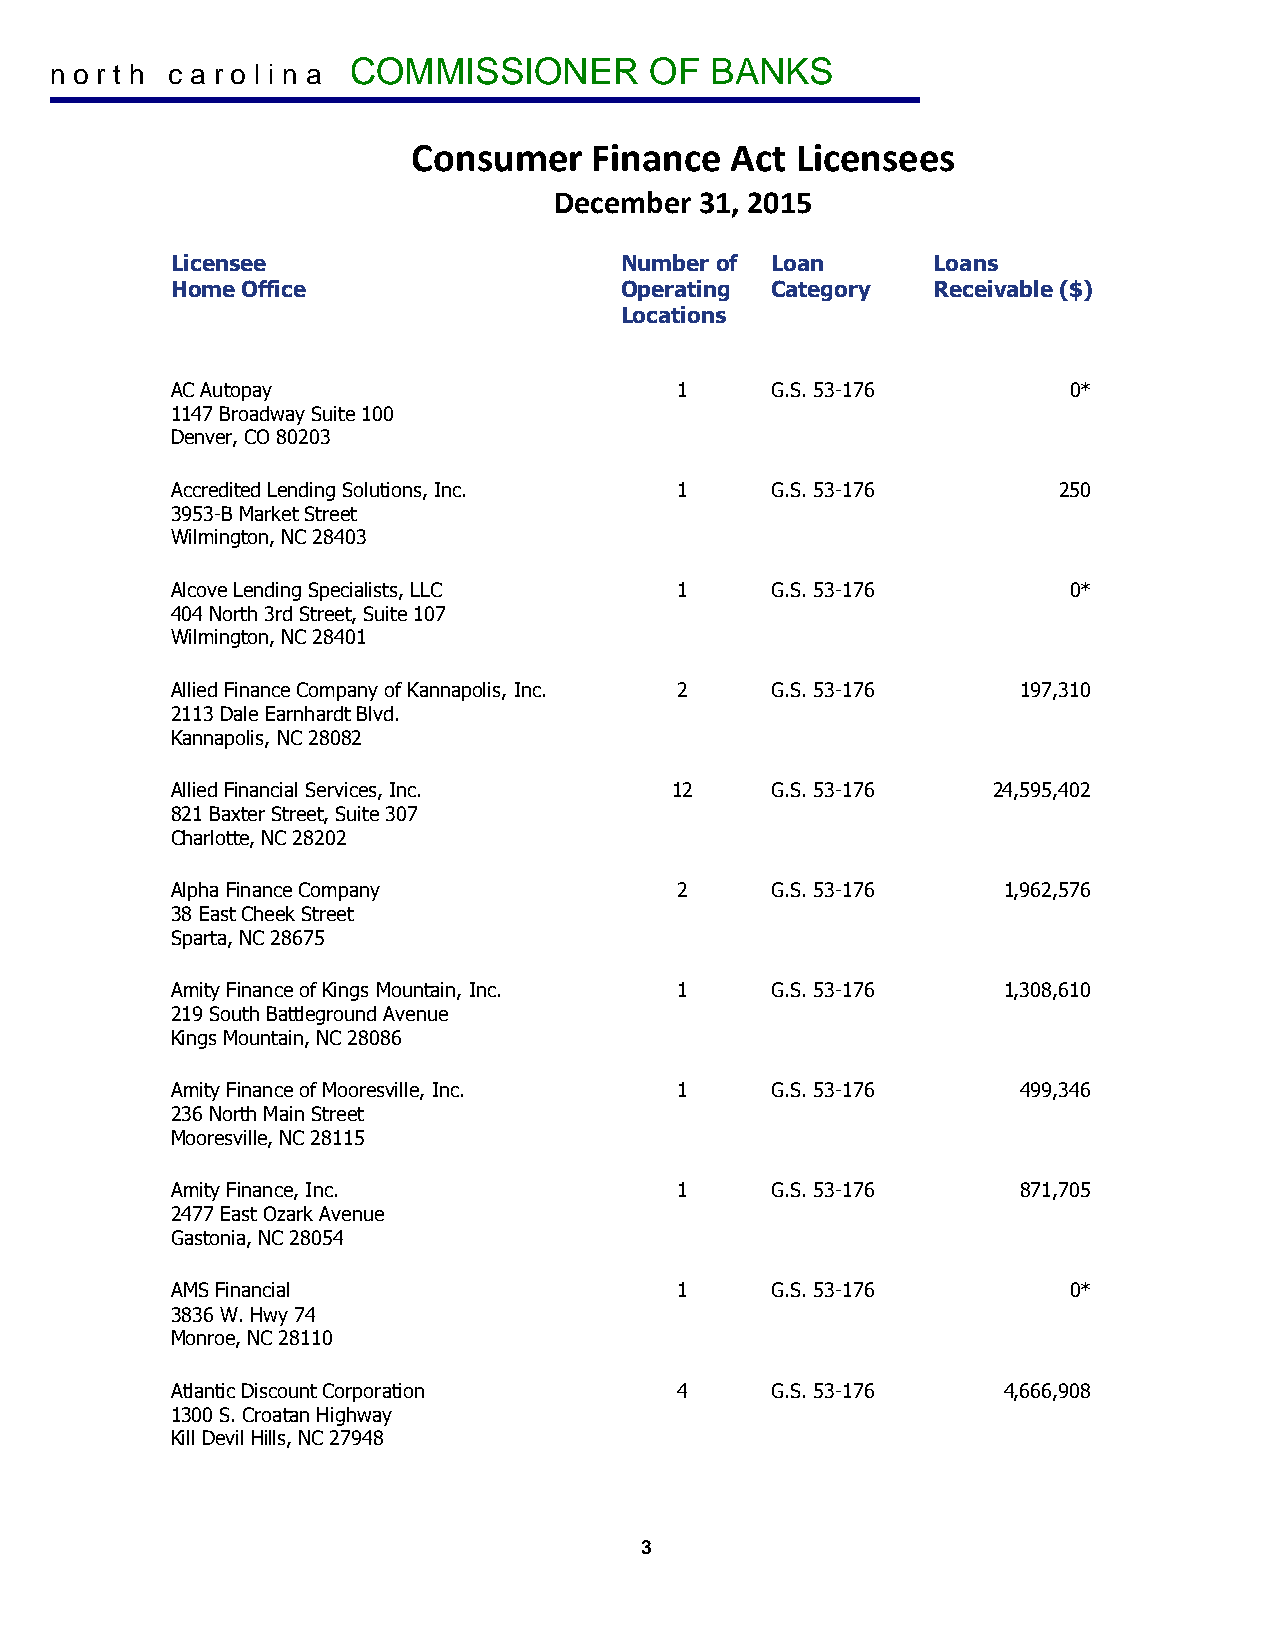
COMMISSIONER        OF  BANKS
 n o r t h c a r o l i n a
 Consumer    Finance  Act  Licensees
 December 31, 2015
 Licensee                      Number of Loan       Loans
 Home Office                   Operating Category   Receivable ($)
 Locations
 AC Autopay                        1     G.S. 53-176         0*
 1147 Broadway Suite 100
 Denver, CO 80203
 Accredited Lending Solutions, Inc. 1    G.S. 53-176        250
 3953-B Market Street
 Wilmington, NC 28403
 Alcove Lending Specialists, LLC   1     G.S. 53-176         0*
 404 North 3rd Street, Suite 107
 Wilmington, NC 28401
 Allied Finance Company of Kannapolis, Inc. 2 G.S. 53-176 197,310
 2113 Dale Earnhardt Blvd.
 Kannapolis, NC 28082
 Allied Financial Services, Inc.  12     G.S. 53-176    24,595,402
 821 Baxter Street, Suite 307
 Charlotte, NC 28202
 Alpha Finance Company             2     G.S. 53-176    1,962,576
 38 East Cheek Street
 Sparta, NC 28675
 Amity Finance of Kings Mountain, Inc. 1 G.S. 53-176    1,308,610
 219 South Battleground Avenue
 Kings Mountain, NC 28086
 Amity Finance of Mooresville, Inc. 1    G.S. 53-176      499,346
 236 North Main Street
 Mooresville, NC 28115
 Amity Finance, Inc.               1     G.S. 53-176      871,705
 2477 East Ozark Avenue
 Gastonia, NC 28054
 AMS Financial                     1     G.S. 53-176         0*
 3836 W. Hwy 74
 Monroe, NC 28110
 Atlantic Discount Corporation     4     G.S. 53-176    4,666,908
 1300 S. Croatan Highway
 Kill Devil Hills, NC 27948
 3